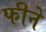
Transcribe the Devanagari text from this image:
फीने